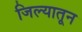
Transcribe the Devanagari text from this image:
जिल्यातून